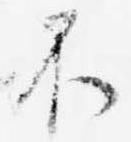
不